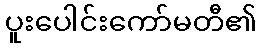
ပူးပေါင်းကော်မတီ၏